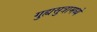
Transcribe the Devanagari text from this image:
गुह्यसुत्रामध्ये